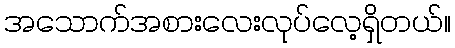
အသောက်အစားလေးလုပ်လေ့ရှိတယ်။